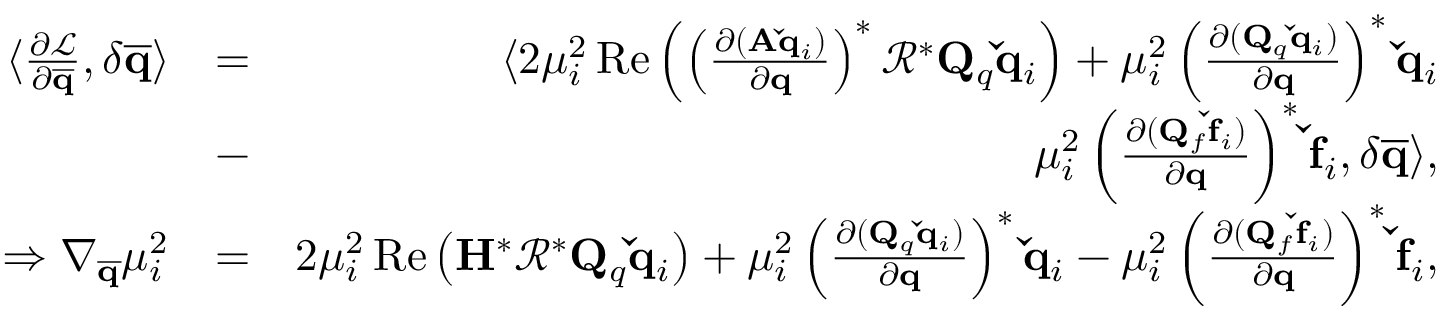
\begin{array} { r l r } { \langle \frac { \partial \mathcal { L } } { \partial \mathbf { \overline { { q } } } } , \delta \mathbf { \overline { { q } } } \rangle } & { = } & { \langle 2 \mu _ { i } ^ { 2 } \operatorname { R e } \left( \left( \frac { \partial ( \mathbf { A } \mathbf { \check { q } } _ { i } ) } { \partial \mathbf { q } } \right) ^ { * } \mathbf { \mathcal { R } } ^ { * } \mathbf { Q } _ { q } \mathbf { \check { q } } _ { i } \right) + \mu _ { i } ^ { 2 } \left( \frac { \partial ( \mathbf { Q } _ { q } \mathbf { \check { q } } _ { i } ) } { \partial \mathbf { q } } \right) ^ { * } \mathbf { \check { q } } _ { i } } \\ & { - } & { \mu _ { i } ^ { 2 } \left( \frac { \partial ( \mathbf { Q } _ { f } \mathbf { \check { f } } _ { i } ) } { \partial \mathbf { q } } \right) ^ { * } \mathbf { \check { f } } _ { i } , \delta \mathbf { \overline { { q } } } \rangle , } \\ { \Rightarrow \nabla _ { \mathbf { \overline { { q } } } } \mu _ { i } ^ { 2 } } & { = } & { 2 \mu _ { i } ^ { 2 } \operatorname { R e } \left( \mathbf { H } ^ { * } \mathbf { \mathcal { R } } ^ { * } \mathbf { Q } _ { q } \mathbf { \check { q } } _ { i } \right) + \mu _ { i } ^ { 2 } \left( \frac { \partial ( \mathbf { Q } _ { q } \mathbf { \check { q } } _ { i } ) } { \partial \mathbf { q } } \right) ^ { * } \mathbf { \check { q } } _ { i } - \mu _ { i } ^ { 2 } \left( \frac { \partial ( \mathbf { Q } _ { f } \mathbf { \check { f } } _ { i } ) } { \partial \mathbf { q } } \right) ^ { * } \mathbf { \check { f } } _ { i } , } \end{array}